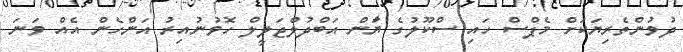
ދުވުންތެރިޔަކަށް މެޕްސް ހައި ސްކޫލުގެ ޔަާން އަބްދުލްޖަލީލް ހޮވުނުއިރު އަންހެން އެއް ވަނަ